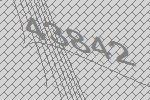
43842